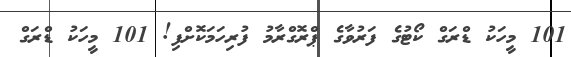
101 މީހަކު ޑްރަގް ކޯޓުގެ ފަރުވާގެ ޕްރޮގްރާމު ފުރިހަމަކޮށްފި! 101 މީހަކު ޑްރަގް